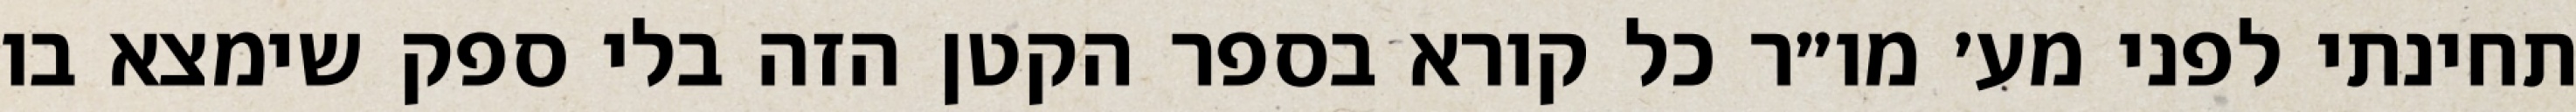
תחינתי לפני מע׳ מו״ר כל קורא בספר הקטן הזה בלי ספק שימצא בו